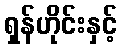
ရှန်ဟိုင်းနှင့်